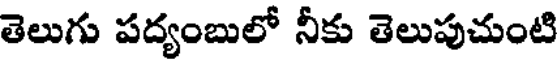
తెలుగు పద్యంబులో నీకు తెలుపుచుంటి